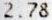
2.78